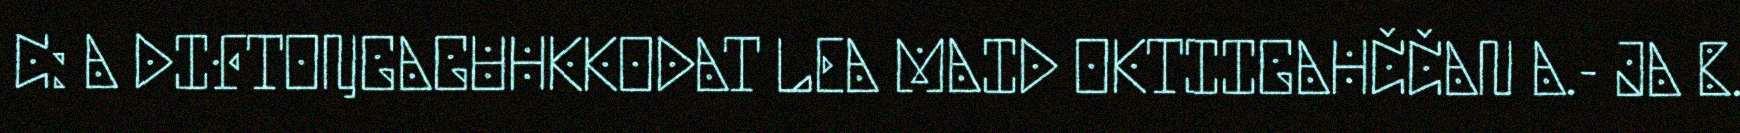
C: A DIFTOŊGAGUHKKODAT LEA MAID OKTIIGAHČČAN A.- JA B.